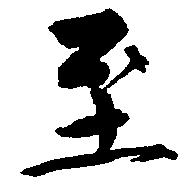
至